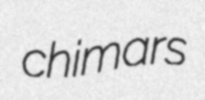
chimars